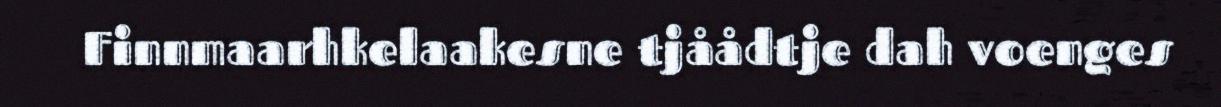
Finnmaarhkelaakesne tjåådtje dah voenges